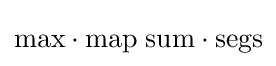
\mathrm {max} \cdot \mathrm {map} \;\mathrm {sum} \cdot \mathrm {segs}